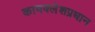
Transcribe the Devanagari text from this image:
कायक्लेशप्रधान